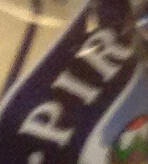
PIR